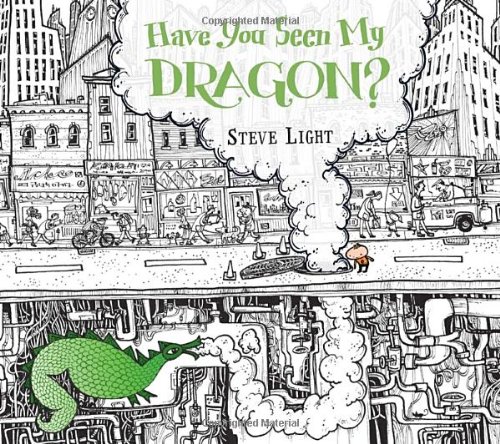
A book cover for Have You Seen My Dragon?; Steve Light; Children's Books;